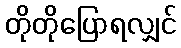
တိုတိုပြောရလျှင်